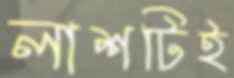
লাশটিই